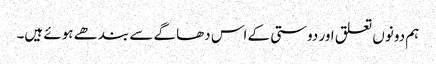
ہم دونوں تعلق اور دوستی کے اس دھاگے سے بندھے ہوئے ہیں۔